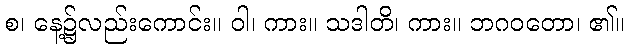
စ၊ နေ့၌လည်းကောင်း။ ဝါ၊ ကား။ သဒါတိ၊ ကား။ ဘဂဝတော၊ ၏။